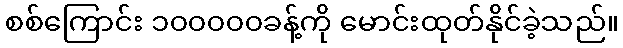
စစ်ကြောင်း ၁၀၀၀၀၀ခန့်ကို မောင်းထုတ်နိုင်ခဲ့သည်။